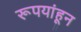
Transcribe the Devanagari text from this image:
रूपयांहून